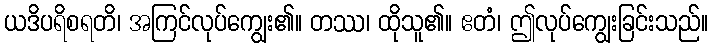
ယဒိပရိစရတိ၊ အကြင်လုပ်ကျွေး၏။ တဿ၊ ထိုသူ၏။ ဧတံ၊ ဤလုပ်ကျွေးခြင်းသည်။